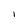
Character: I